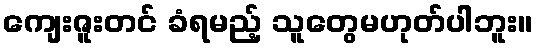
ကျေးဇူးတင် ခံရမည့် သူတွေမဟုတ်ပါဘူး။